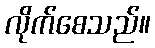
လိုက်စေသည်။